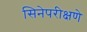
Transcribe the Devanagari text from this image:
सिनेपरीक्षणे